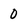
Character: 0